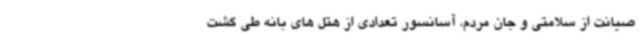
صیانت از سلامتی و جان مردم، آسانسور تعدادی از هتل های بانه طی گشت